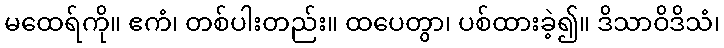
မထေရ်ကို။ ဧကံ၊ တစ်ပါးတည်း။ ထပေတွာ၊ ပစ်ထားခဲ့၍။ ဒိသာဝိဒိသံ၊